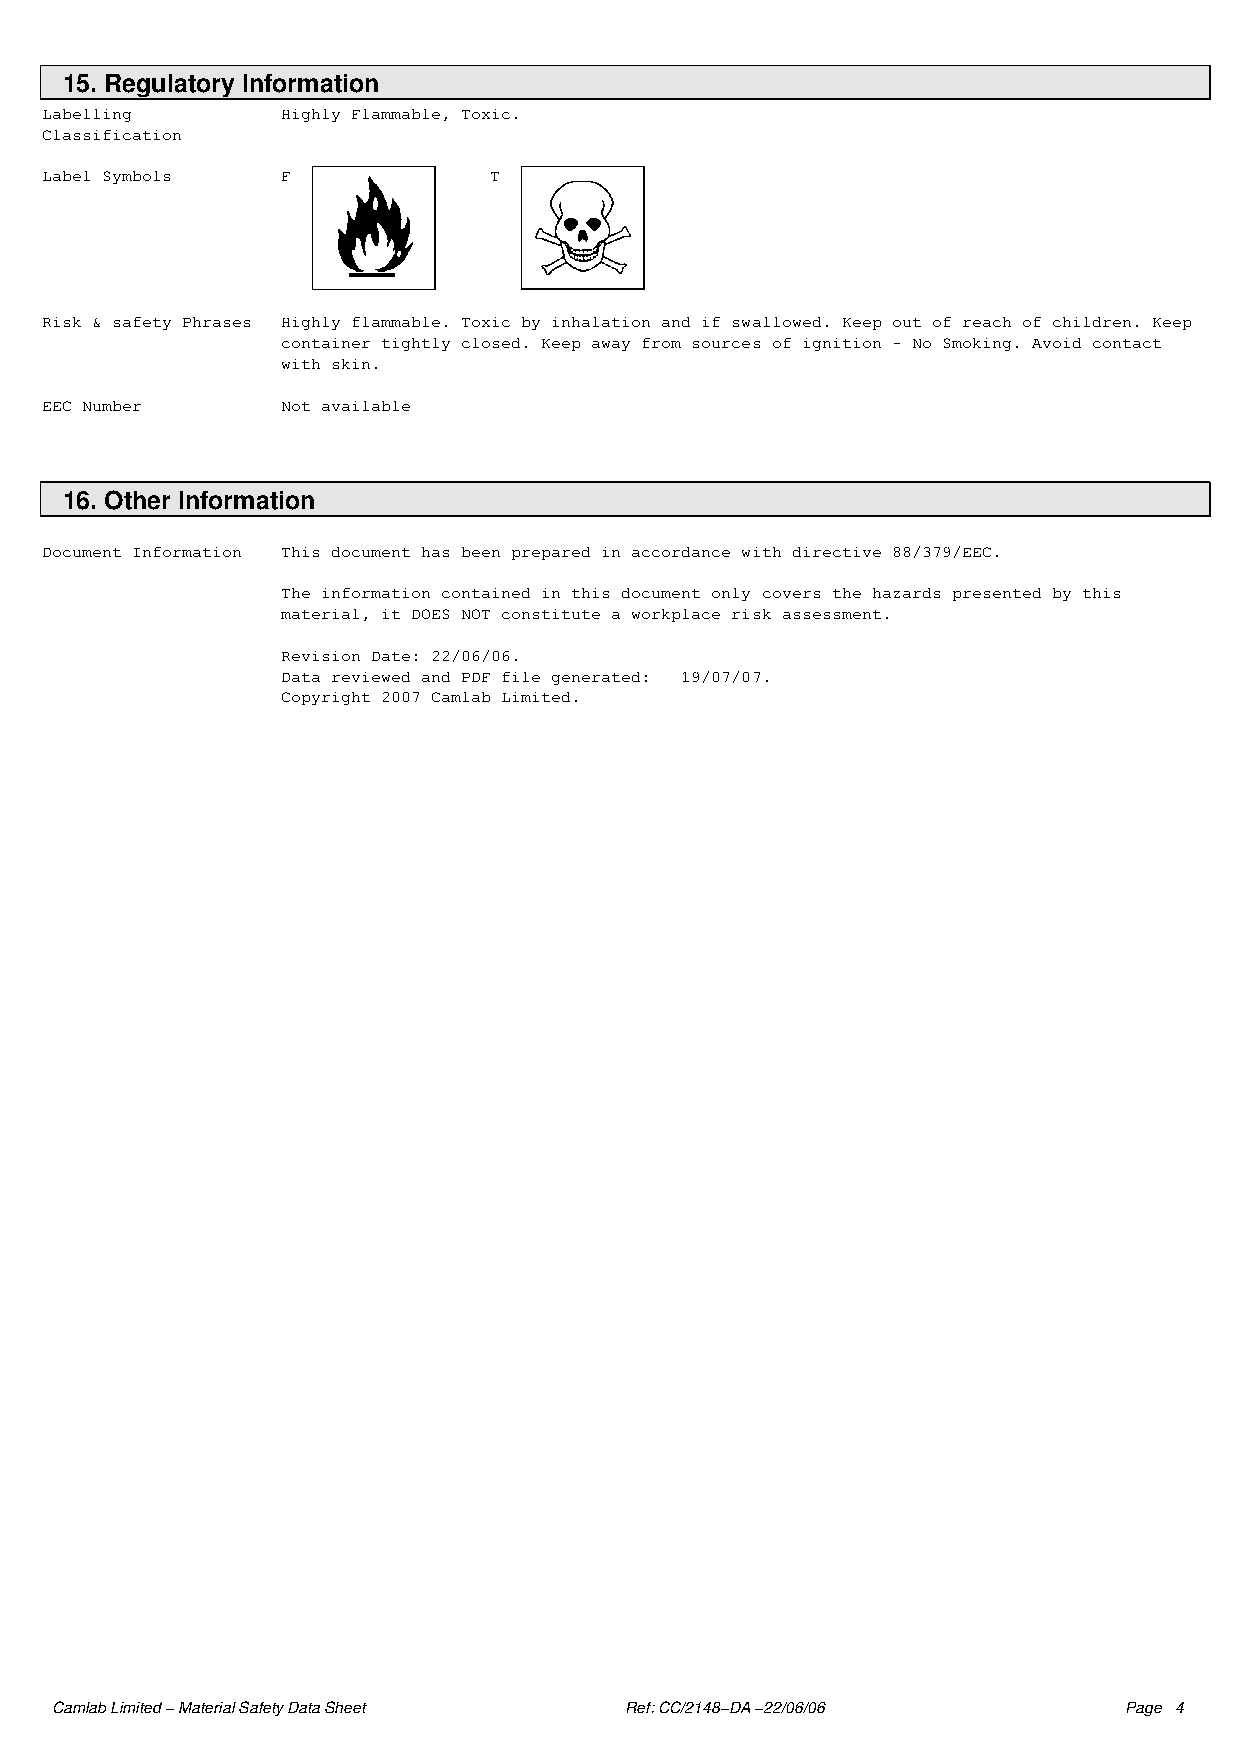
15. Regulatory Information
 Labelling       Highly Flammable, Toxic.
 Classification
 Label Symbols   F            T
 Risk & safety Phrases Highly flammable. Toxic by inhalation and if swallowed. Keep out of reach of children. Keep
 container tightly closed. Keep away from sources of ignition − No Smoking. Avoid contact
 with skin.
 EEC Number      Not available
 16. Other Information
 Document Information This document has been prepared in accordance with directive 88/379/EEC.
 The information contained in this document only covers the hazards presented by this
 material, it DOES NOT constitute a workplace risk assessment.
 Revision Date: 22/06/06.
 Data reviewed and PDF file generated: 19/07/07.
 Copyright 2007 Camlab Limited.
 Camlab Limited − Material Safety Data Sheet Ref: CC/2148−DA −22/06/06  Page 4